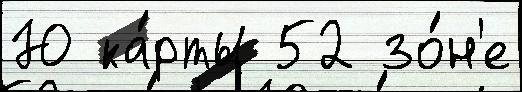
Ю ка́рты 52 зо́н'е